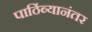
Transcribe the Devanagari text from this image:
पाठिंब्यानंतर